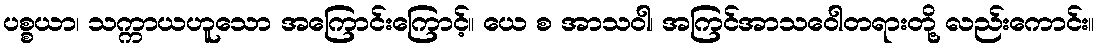
ပစ္စယာ၊ သက္ကာယဟူသော အကြောင်းကြောင့်။ ယေ စ အာသဝါ၊ အကြင်အာသဝေါတရားတို့ လည်းကောင်း။